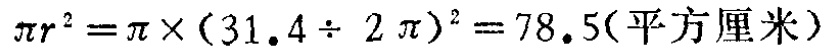
\(\pi r^{2}=\pi\times(31.4\div 2\pi)^{2}=78.5(\text{平方厘米})\)